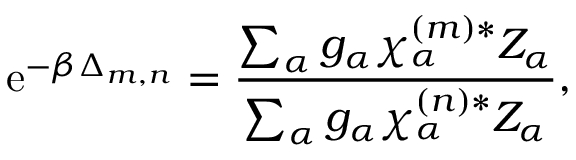
\mathrm { e } ^ { - \beta \Delta _ { m , n } } = \frac { \sum _ { \alpha } g _ { \alpha } \chi _ { \alpha } ^ { ( m ) * } Z _ { \alpha } } { \sum _ { \alpha } g _ { \alpha } \chi _ { \alpha } ^ { ( n ) * } Z _ { \alpha } } ,